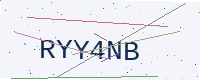
Text: RYY4NB